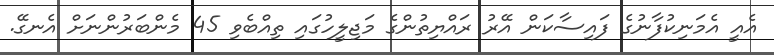
އެއީ އެމަނިކުފާނުގެ ފައިސާކަން އޭރު ރައްޔިތުންގެ މަޖިލީހުގައި ތިއްބެވި 45 މެންބަރުންނަށް އެނގޭ.